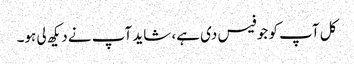
کل آپ کو جو فیس دی ہے، شاید آپ نے دیکھ لی ہو۔